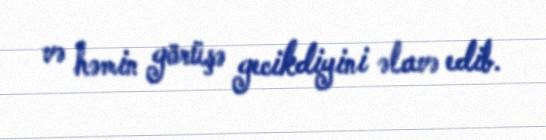
və həmin görüşə gecikdiyini əlavə edib.